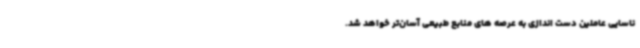
ناسایی عاملین دست اندازی به عرصه های منابع طبیعی آسان‌تر خواهد شد.